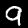
Label: 9